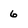
Character: 6